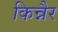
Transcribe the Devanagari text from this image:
किन्नैर